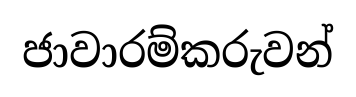
ජාවාරම්කරුවන්